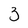
Character: 3